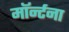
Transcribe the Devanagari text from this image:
मॉर्न्टना